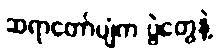
ဆရာတော်ပျံက ပွဲတွေနဲ့